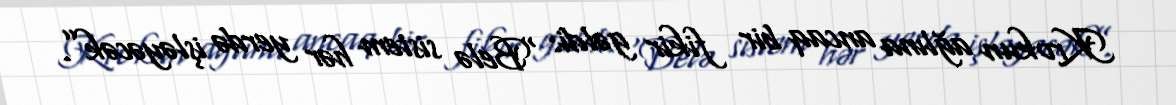
Krokun ağlına ancaq bir fikir gəldi: “Belə sistem hər yerdə işləyəcək”.